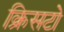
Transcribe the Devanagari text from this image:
क्रिसटो